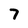
Character: 7